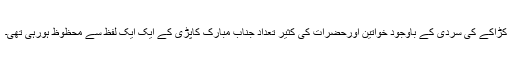
کڑاکے کی سردی کے باوجود خواتین اورحضرات کی کثیر تعداد جناب مبارک کاپڑی کے ایک ایک لفظ سے محظوظ ہورہی تھی۔